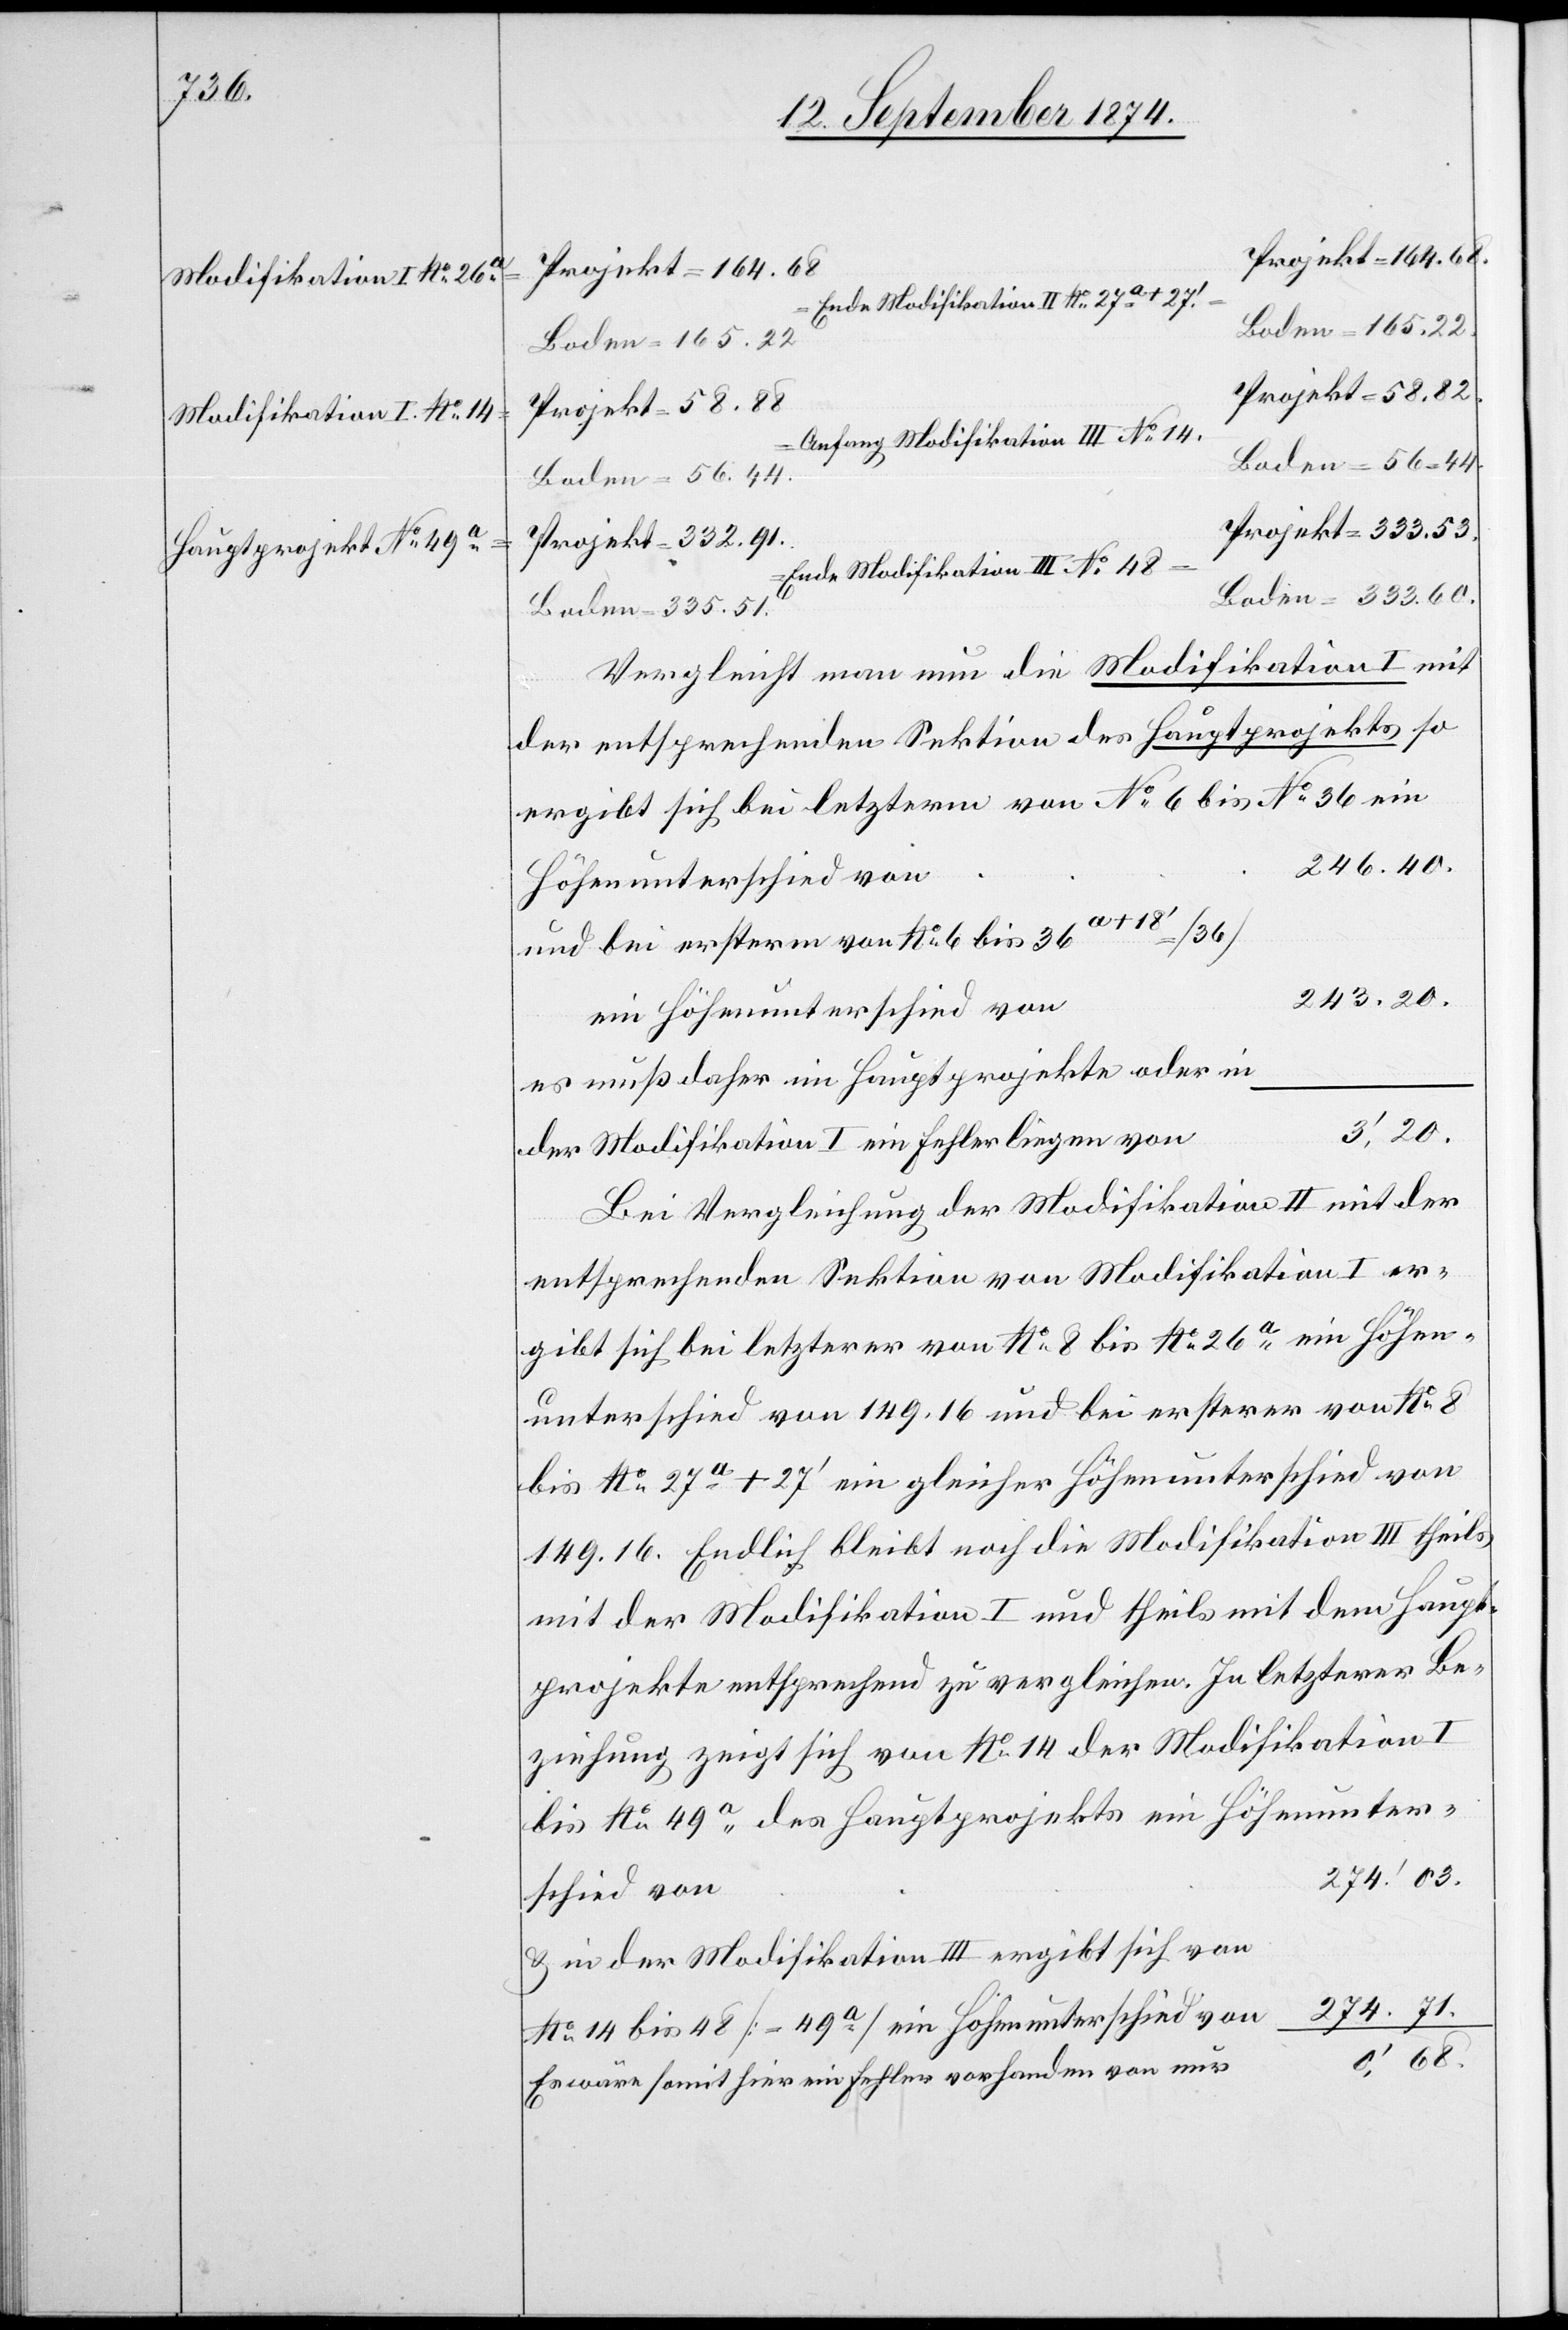
Modifikation I No 26a
Modifikation I No 14
Hauptprojekt No 49a

Projekt = 164.68.
Ende Modifikation II No 27a + 27’.
Boden = 165.22
Boden = 165.22
Projekt = 58.88
Projekt = 58.82
Anfang Modifikation III No 14.
Boden = 56.44
Projekt = 333.53.
Projekt = 332.91.
Ende Modifikation III No 48
Boden = 333.60.
Boden = 335.51
Vergleicht man nun die Modifikation I mit
der entsprechenden Sektion des Hauptprojekts so
ergibt sich bei letzterm von No 6 bis No 36
246.40.
Höhenunterschied von
und bei ersterm von No 6 bis 36a + 18‘ = [36]
243.20.
es muß daher im Hauptprojekte oder in
3‘, 20.
der Modifikation I ein Fehler liegen von
Bei Vergleichung der Modifikation II mit der
entsprechenden Sektion von Modifikation I er¬
gibt sich bei letzterer von No 8 bis No 26a ein Höhen¬
unterschied von 149.16 und bei ersterer von No 8
bis No 27a + 27‘ ein gleicher Höhenunterschied von
149.16. Endlich bleibt noch die Modifikation III theils
mit der Modifikation I und theils mit dem Haupt¬
projekte entsprechend zu vergleichen. In letzterer Be¬
ziehung zeigt sich von No 14 der Modifikation I
274‘. 03.
& in der Modifikation III ergibt sich von
274.71.
No 14 bis 48 [= 49a] ein Höhenunterschied von
0‘. 68.
Es wäre somit hier ein Fehler vorhanden von nur